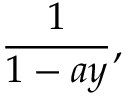
{ \frac { 1 } { 1 - a y } } ,